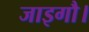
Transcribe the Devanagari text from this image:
जाइगौ।